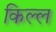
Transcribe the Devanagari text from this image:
किल्ल